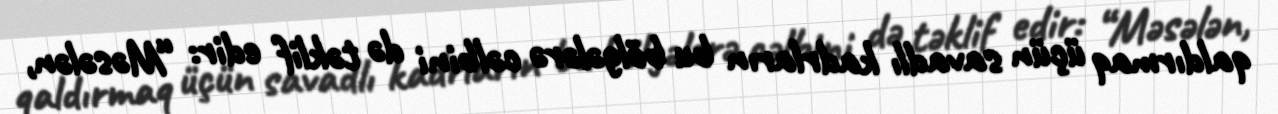
qaldırmaq üçün savadlı kadrların bu bölgələrə cəlbini də təklif edir: “Məsələn,